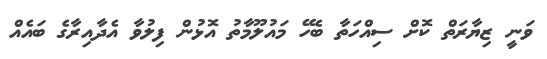
ވަނީ ޒިޔާރަތް ކޮށް ސިއްހަތާ ބެހޭ މައުލޫމާތު އޮޅުން ފިލުވާ އެދާއިރާގެ ބައެއް